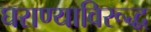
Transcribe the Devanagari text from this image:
घराण्याविरूद्ध